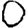
Digit: 0